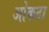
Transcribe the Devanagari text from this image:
ओकटा